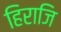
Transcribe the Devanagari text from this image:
हिराजि